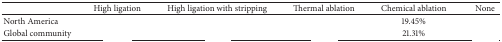
<table><thead><tr><td>[EMPTY_CELL]</td><td><b>High ligation</b></td><td><b>High ligation with stripping</b></td><td><b>Thermal ablation</b></td><td><b>Chemical ablation</b></td><td><b>None</b></td></tr></thead><tbody><tr><td>North America</td><td>[EMPTY_CELL]</td><td>[EMPTY_CELL]</td><td>[EMPTY_CELL]</td><td>19.45%</td><td>[EMPTY_CELL]</td></tr><tr><td>Global community</td><td>[EMPTY_CELL]</td><td>[EMPTY_CELL]</td><td>[EMPTY_CELL]</td><td>21.31%</td><td>[EMPTY_CELL]</td></tr></tbody></table>